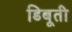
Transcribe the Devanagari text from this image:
डिबूती